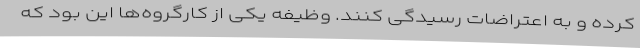
کرده و به اعتراضات رسیدگی کنند. وظیفه یکی از کارگروه‌ها این بود که